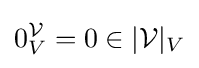
0_{V}^{\mathcal {V}}=0\in |{\mathcal {V}}|_{V}